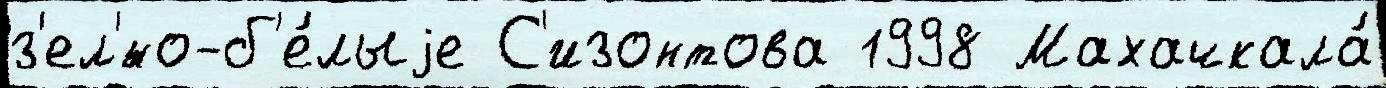
з'ел'́но-б'е́лыjе С'изонтова 1998 Махачкала́